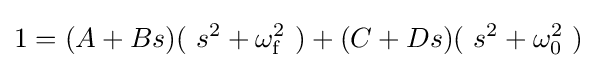
1=(A+Bs)(\ s^{2}+\omega _{\mathrm {f} }^{2}\ )+(C+Ds)(\ s^{2}+\omega _{0}^{2}\ )